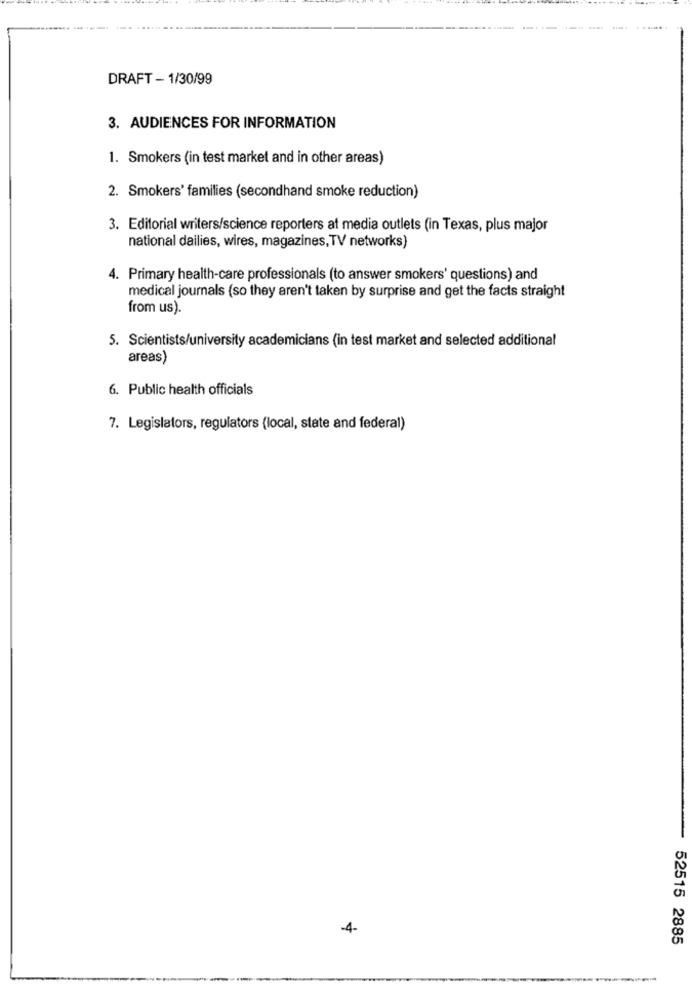
DRAFT - 1/30/99
3. AUDIENCES FOR INFORMATION
1. Smokers (in test market and in other areas)
2. Smokers' families (secondhand smoke reduction)
3. Editorial writers/science reporters at media outlets (in Texas, plus major
national dailies, wires, magazines, TV networks)
4. Primary health-care professionals (to answer smokers' questions) and
medical journals (so they aren't taken by surprise and get the facts straight
from us).
5. Scientists/university academicians (in test market and selected additional
areas)
6. Public health officials
7. Legislators, regulators (local, state and federal)
-4-
52515 2885